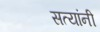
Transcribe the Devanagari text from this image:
सत्यांनी